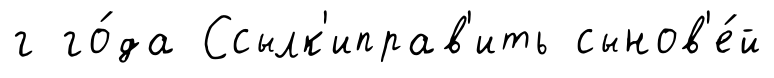
г го́да Ссылк'иправ'ить сынов'е́й